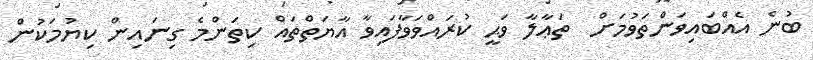
ބުނެ އެއްބައިވަންތަވުމަށް  ތަޢާލާ ވަޙީ ކުރައްވަވާފައިވާ އާޔަތްތައް ކިތަންމެ ގިނައިން ކިޔުމަކުން